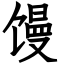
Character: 馒